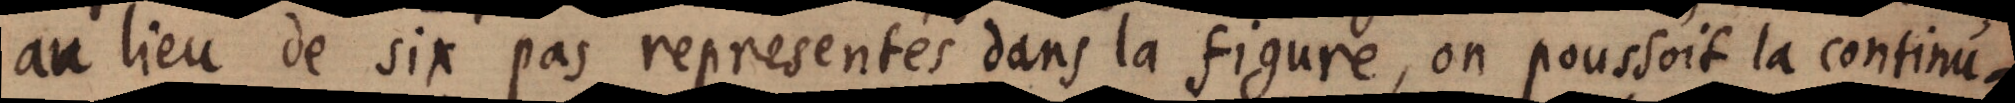
au lieu de six pas representés dans la figure, on poussoit la continu